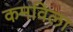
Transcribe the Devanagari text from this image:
कमविला